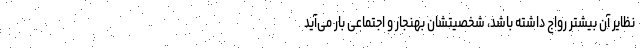
نظایر آن بیشتر رواج داشته باشد، شخصیتشان بهنجار و اجتماعی بار می‌آید